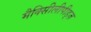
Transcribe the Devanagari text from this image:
मैक्सीिलीपीड्ज़